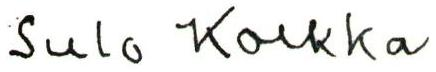
Sulo Kolkka